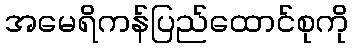
အမေရိကန်ပြည်ထောင်စုကို